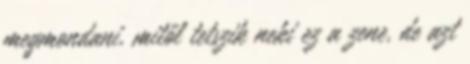
megmondani, mitől tetszik neki ez a zene, de azt